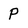
Character: p